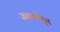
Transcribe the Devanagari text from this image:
जबानीतून